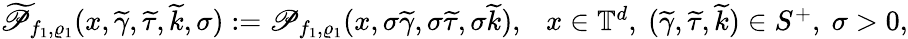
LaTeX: \begin{array}{r}{\widetilde{\mathscr{P}}_{f_{1},\varrho_{1}}(x,\widetilde{\gamma},\widetilde{\tau},\widetilde{k},\sigma):=\mathscr{P}_{f_{1},\varrho_{1}}(x,\sigma\widetilde{\gamma},\sigma\widetilde{\tau},\sigma\widetilde{k}),\ \ \ x\in\mathbb T^{d},\ (\widetilde{\gamma},\widetilde{\tau},\widetilde{k})\in S^{+},\ \sigma>0,}\end{array}